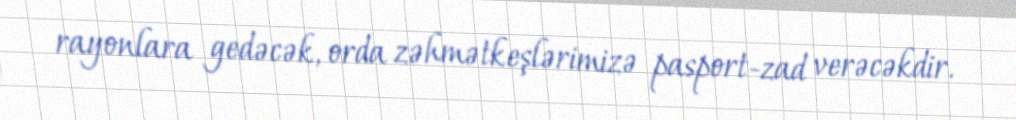
rayonlara gedəcək, orda zəhmətkeşlərimizə pasport-zad verəcəkdir.